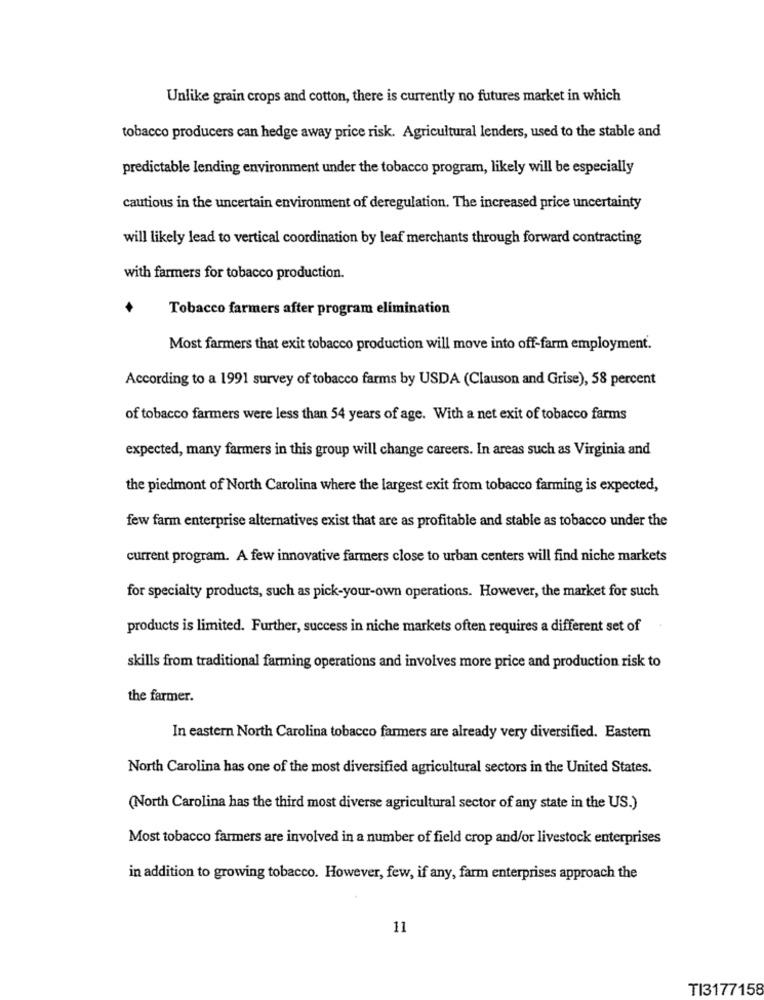
Unlike grain crops and cotton, there is currently no futures market in which
tobacco producers can hedge away price risk. Agricultural lenders, used to the stable and
predictable lending environment under the tobacco program, likely will be especially
cautious in the uncertain environment of deregulation. The increased price uncertainty
will likely lead to vertical coordination by leaf merchants through forward contracting
with farmers for tobacco production.
Tobacco farmers after program elimination
Most farmers that exit tobacco production will move into off-farm employment.
According to a 1991 survey of tobacco farms by USDA (Clauson and Grise), 58 percent
of tobacco farmers were less than 54 years of age. With a net exit of tobacco farms
expected, many farmers in this group will change careers. In areas such as Virginia and
the piedmont of North Carolina where the largest exit from tobacco farming is expected,
few farm enterprise alternatives exist that are as profitable and stable as tobacco under the
current program. A few innovative farmers close to urban centers will find niche markets
for specialty products, such as pick-your-own operations. However, the market for such
products is limited. Further, success in niche markets often requires a different set of
skills from traditional farming operations and involves more price and production risk to
the farmer.
In eastern North Carolina tobacco farmers are already very diversified. Eastern
North Carolina has one of the most diversified agricultural sectors in the United States.
(North Carolina has the third most diverse agricultural sector of any state in the US.)
Most tobacco farmers are involved in a number of field crop and/or livestock enterprises
in addition to growing tobacco. However, few, if any, farm enterprises approach the
11
TI3177158